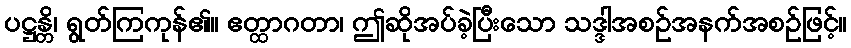
ပဋ္ဌန္တိ၊ ရွတ်ကြကုန်၏။ ဧတ္ထာဂတာ၊ ဤဆိုအပ်ခဲ့ပြီးသော သဒ္ဒါအစဉ်အနက်အစဉ်ဖြင့်။